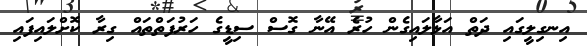
އިނގިލީގައި ދަތް އަޅާލައިގެން ހުރެ އޭނާ ގޮސް ސިޑީގެ ހަރުފަތްތައް ގިރާ ކޮށްލައިފައި